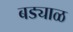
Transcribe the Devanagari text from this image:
बड्याळ